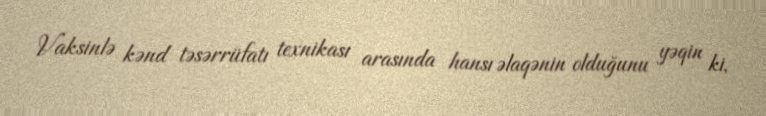
Vaksinlə kənd təsərrüfatı texnikası arasında hansı əlaqənin olduğunu yəqin ki,